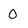
Character: 0